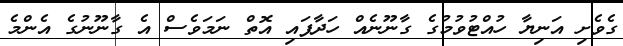
ގެވެށި އަނިޔާ ހުއްޓުވުމުގެ ގާނޫނެއް ހަދާފައި އޮތް ނަަމަވެސް އެ ގާނޫނުގެ އެންމެ